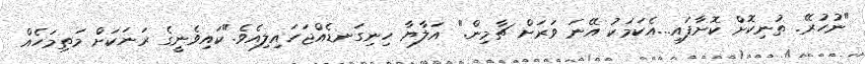
"ނުހުރޭ. ތުނިކޮށް ކޮށާފައި...އެކަމަކު އޭނަ ވަރަށް ޗާމިން." އަލާޔާ ހިނިގަނޑެއްޖަހައިލިއެވެ."ކައިވެނީގެ ރަނަކަށް މަތިމަހެއް